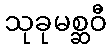
သုခုမစ္ဆဝီ